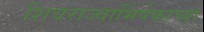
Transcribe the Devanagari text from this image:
शिवराज्याभिषेकाच्या